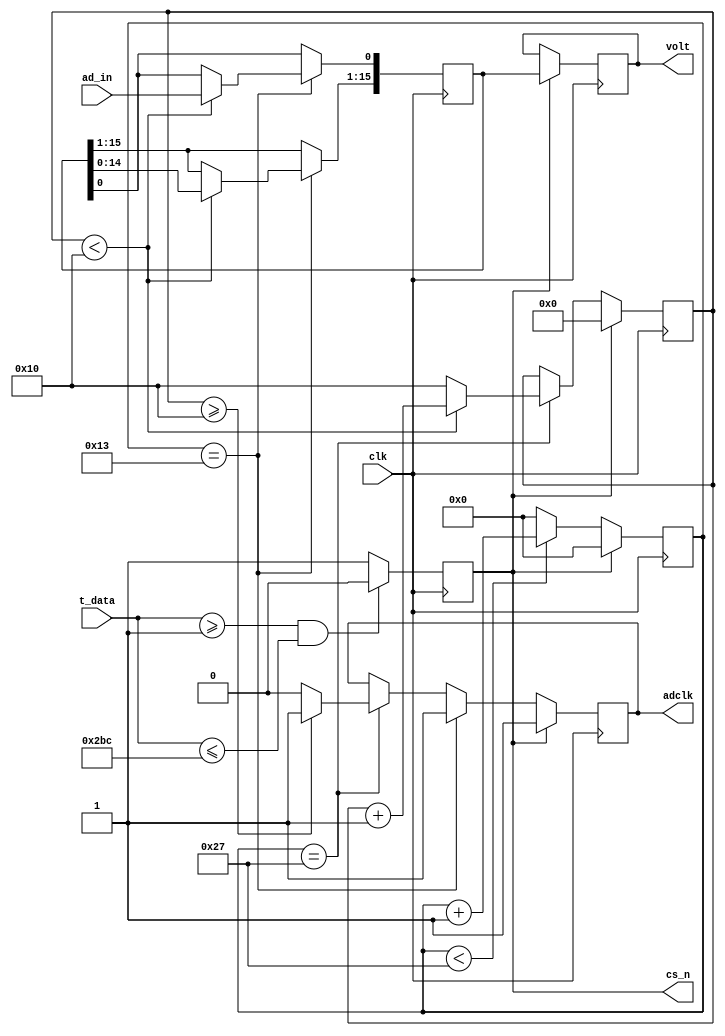
/*====================================================================
ad.v

2009-08-12  1.0
ADAD
====================================================================*/
module ad(clk, t_data, ad_in, adclk, cs_n, volt);

    input	clk;
    input	[15:0]t_data; //200US
    input	ad_in;
    
    output	adclk;
    output	cs_n;
    output	[15:0]volt;
    
    reg		cs_n;
    reg		adclk;
    reg		[15:0]volt;
    
    reg		[15:0]rsr;
    reg		[5:0]clk_div;
    reg		[4:0]ad_count;
    
    initial
    begin
	cs_n = 1'b1;
	adclk = 1'b1;
	volt = 16'b0;
	rsr = 16'b0;
	clk_div = 6'b0;
	ad_count = 5'b0;
	end
    //
    always@(posedge clk)
    begin
    if(t_data >= 16'd1 && t_data <= 16'd700)
        cs_n <= 1'b0;
    else
        cs_n <= 1'b1;
    end
    
    always@(posedge clk)
    begin
    if(cs_n)
        clk_div <= 6'b0;
    else
        begin
        if(clk_div < 6'd39)//HFF-1M 
            clk_div <= clk_div + 1'b1;
        else
            clk_div <= 6'b0;
        end
    end
    //hff-adclk
    always@(posedge clk)//HFF-1M adclk16
    begin
    if(cs_n)
		adclk <= 1'b1;
    else if(clk_div == 6'd19)
        adclk <= 1'b1;
    else if(clk_div == 6'd39)
        begin
        if(ad_count >= 6'd16)
            adclk <= 1'b1;
        else
            adclk <= 1'b0;
        end
    end
    //volt
    always@(posedge clk)
    begin
    if(cs_n)
        begin
        volt <= rsr;
        ad_count <= 5'b0;
        end
    else if(clk_div == 6'd39)
        begin
        if(ad_count < 5'd16)
            ad_count <= ad_count + 1'b1;
        else
            ad_count <= 5'd16;
        end
    end
    //hff-rsr
    always@(posedge clk)
    begin
    if(clk_div == 6'd19)
        begin
        if(ad_count < 5'd16)
            begin
            rsr[0] <= ad_in;
            rsr[15:1] <= rsr[14:0];
            end
        end
    end
    
endmodule